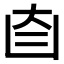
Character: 𦣼